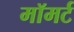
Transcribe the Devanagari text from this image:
मॉमर्ट